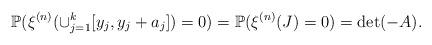
LaTeX: \begin{align*}&\mathbb{P}(\xi^{(n)}(\cup_{j=1}^k[y_j,y_j+a_j])=0)=\mathbb{P}(\xi^{(n)}(J)=0)=\det(-A).\end{align*}